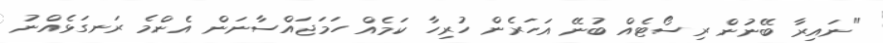
"ނައިރާ ބޭނުން ރިސޯޓެއް ބުނޭ އަހަރެން ހުރިހާ ކަމެއް ހަމަޖައްސާނަން އެންމެ ރަނގަޅެއްނު